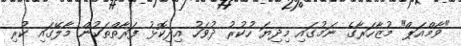
"ވާމްއަޕް" މުޒާހަރާގެ ނަމުގައި މިދިޔަ ހުކުރު ދުވަހު އިދިކޮޅު ފަރާތްތަކުން މާލޭގައި ކުރި